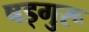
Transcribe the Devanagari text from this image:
षड्गुरू